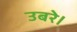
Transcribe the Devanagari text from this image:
उबरे।